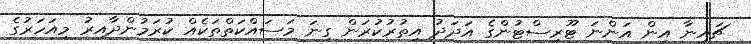
ޗައިނާ އިން އަންނަ ޓޫރިސްޓުންގެ އަދަދު އިތުރުކުރަން ގިނަ މަސައްކަތްތަކެއް ކުރަމުންދާއިރު މިއަހަރުގެ